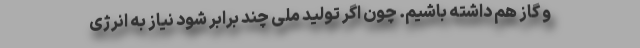
و گاز هم داشته باشیم. چون اگر تولید ملی چند برابر شود نیاز به انرژی